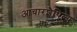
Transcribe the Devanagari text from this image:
आचारशैथिल्य